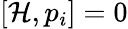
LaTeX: \left[{\mathcal{H}},p_{i}\right]=0